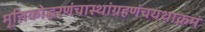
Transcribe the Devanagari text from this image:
मृत्तिकोद्धरणंचास्थांग्रहणंचयथाक्रमं